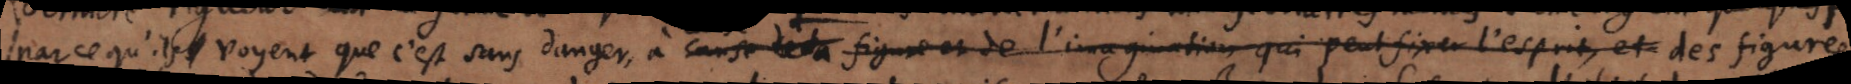
parce qu’ils voyent que c’est sans danger, à cause de la figure de l’imagination qui peut fixer l’esprit et, des figures